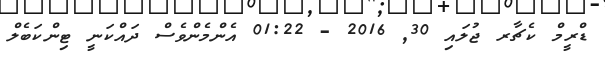
ޑްރީމް ކެޗާރ ޖުލައި 30